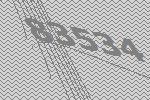
83534